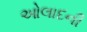
ઓલાદની